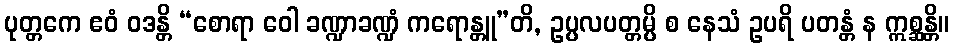
ပုတ္တကေ ဧဝံ ဝဒန္တိ “စောရာ ဝေါ ခဏ္ဍာခဏ္ဍံ ကရောန္တူ”တိ, ဥပ္ပလပတ္တမ္ပိ စ နေသံ ဥပရိ ပတန္တံ န ဣစ္ဆန္တိ။